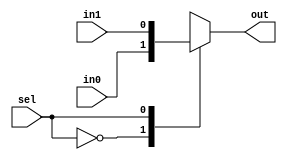
// This program was cloned from: https://github.com/lvyitian/public_personal_files
// License: Creative Commons Zero v1.0 Universal

module TC_Mux(sel, in0, in1, out);
    parameter UUID = 0;
    parameter NAME = "";
    parameter BIT_WIDTH = 1;
    input sel;
    input [BIT_WIDTH-1:0] in0;
    input [BIT_WIDTH-1:0] in1;
    output reg [BIT_WIDTH-1:0] out;
    
    always @ (sel or in0 or in1) begin
        case(sel)
        1'b0 : out = in0;
        1'b1 : out = in1;
        endcase
    end
endmodule